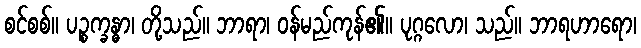
စင်စစ်။ ပဉ္စက္ခန္ဓာ၊ တို့သည်။ ဘာရာ၊ ဝန်မည်ကုန်၏။ ပုဂ္ဂလော၊ သည်။ ဘာရဟာရော၊